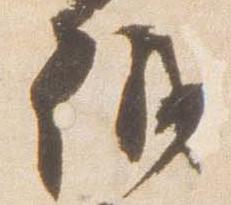
議